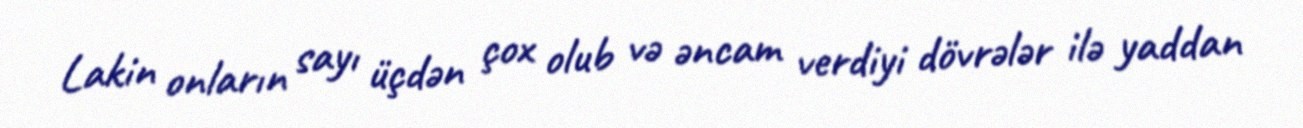
Lakin onların sayı üçdən çox olub və əncam verdiyi dövrələr ilə yaddan